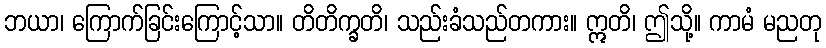
ဘယာ၊ ကြောက်ခြင်းကြောင့်သာ။ တိတိက္ခတိ၊ သည်းခံသည်တကား။ ဣတိ၊ ဤသို့။ ကာမံ မညတု